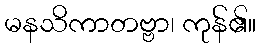
မနသိကာတဗ္ဗာ၊ ကုန်၏။